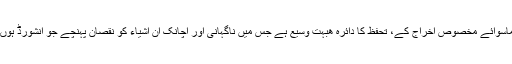
ماسوائے مخصوص اخراج کے، تحفظ کا دائرہ ھبہت وسیع ہے جس میں ناگہانی اور اچانک ان اشیاء کو نقصان پہنچے جو انشورڈ ہوں۔